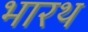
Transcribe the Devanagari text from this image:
भारथ